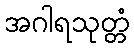
အဂါရသုတ္တံ